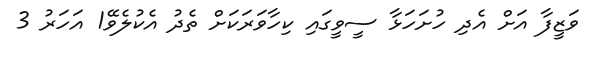
ވަޒީފާ އަށް އެދި ހުށަހަޅާ ސީވީގައި ކިހާވަރަކަށް ތެދު އެކުލެވޭ1 އަހަރު 3